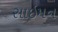
સાઇમન